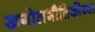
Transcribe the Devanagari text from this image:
खगोलभौतिकीच्या